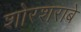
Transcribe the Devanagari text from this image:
शोरशराबे